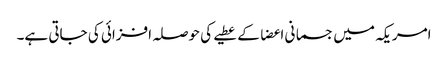
امریکہ میں جسمانی اعضا کے عطیے کی حوصلہ افزائی کی جاتی ہے۔